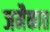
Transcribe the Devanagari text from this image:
जमैकात